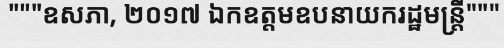
"""ឧសភា, ២០១៧ ឯកឧត្តមឧបនាយករដ្ឋមន្ត្រី"""